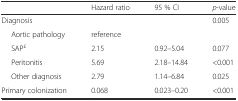
<table><thead><tr><td></td><td><b>Hazard ratio</b></td><td><b>95 % CI</b></td><td><b><i>p</i>-value</b></td></tr></thead><tbody><tr><td>Diagnosis</td><td></td><td></td><td>0.005</td></tr><tr><td>Aortic pathology</td><td>reference</td><td></td><td></td></tr><tr><td>SAP<sup>£</sup></td><td>2.15</td><td>0.92–5.04</td><td>0.077</td></tr><tr><td>Peritonitis</td><td>5.69</td><td>2.18–14.84</td><td>&lt;0.001</td></tr><tr><td>Other diagnosis</td><td>2.79</td><td>1.14–6.84</td><td>0.025</td></tr><tr><td>Primary colonization</td><td>0.068</td><td>0.023–0.20</td><td>&lt;0.001</td></tr></tbody></table>